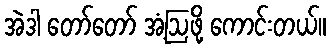
အဲဒါ တော်တော် အံ့ဩဖို့ ကောင်းတယ်။